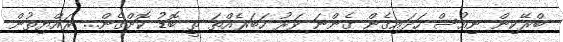
ބްރޭކިން ނިއުސް ހަދައިގެން ގެންނަ ވަރު ހަބަރެއްތަ ތީ ބޮޑު ކޮށްގެން... ރައްޔިތުން